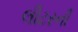
લીટરની